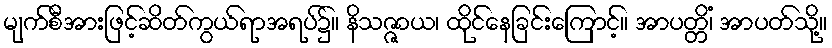
မျက်စီအားဖြင့်ဆိတ်ကွယ်ရာအရပ်၌။ နိသဇ္ဇာယ၊ ထိုင်နေခြင်းကြောင့်။ အာပတ္တိံ၊ အာပတ်သို့။